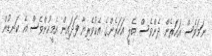
ނަމަވެސް އަހަރެން ދެންވެސް ބެލީ އަހަރެންގެ އެކުވެރިޔާ ފަދައިން އެމީހުންވެސް އެ ކަނޑުން